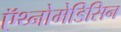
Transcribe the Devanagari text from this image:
ऍथ्नोमेडिसिन